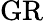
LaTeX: \mathrm{GR}